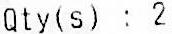
QTY(S) : 2